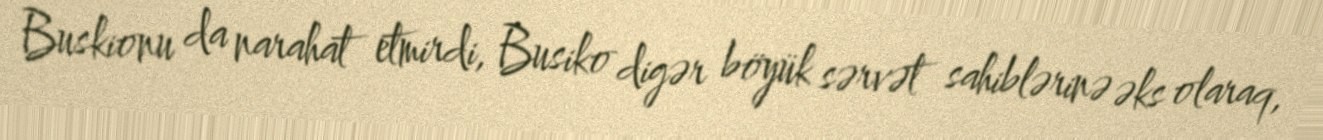
Buskionu da narahat etmirdi, Busiko digər böyük sərvət sahiblərinə əks olaraq,